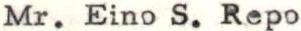
Mr. Eino S. Repo